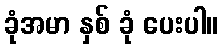
ခုံအမာ နှစ် ခုံ ပေးပါ။